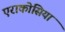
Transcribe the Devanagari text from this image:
एराकोसिया